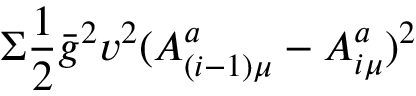
\Sigma \frac { 1 } { 2 } \bar { g } ^ { 2 } v ^ { 2 } ( A _ { ( i - 1 ) \mu } ^ { a } - A _ { i \mu } ^ { a } ) ^ { 2 }